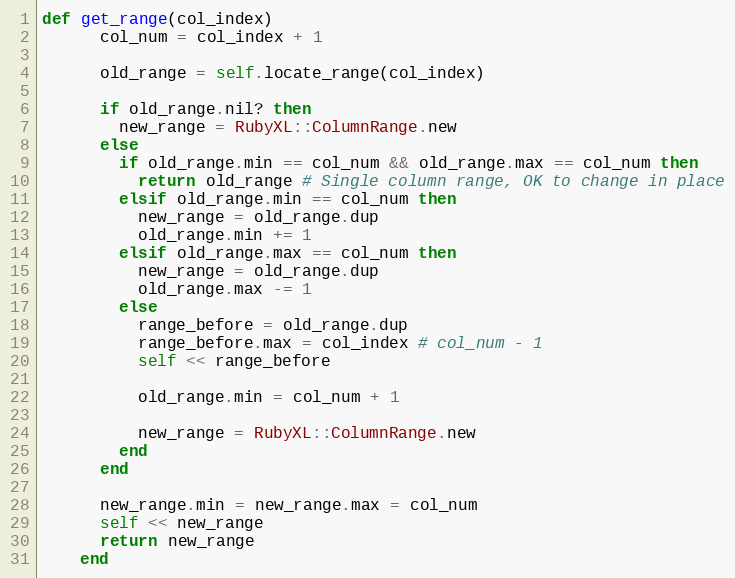
Language: Ruby
def get_range(col_index)
      col_num = col_index + 1

      old_range = self.locate_range(col_index)

      if old_range.nil? then
        new_range = RubyXL::ColumnRange.new
      else
        if old_range.min == col_num && old_range.max == col_num then
          return old_range # Single column range, OK to change in place
        elsif old_range.min == col_num then
          new_range = old_range.dup
          old_range.min += 1
        elsif old_range.max == col_num then
          new_range = old_range.dup
          old_range.max -= 1
        else
          range_before = old_range.dup
          range_before.max = col_index # col_num - 1
          self << range_before

          old_range.min = col_num + 1

          new_range = RubyXL::ColumnRange.new
        end
      end

      new_range.min = new_range.max = col_num
      self << new_range
      return new_range
    end